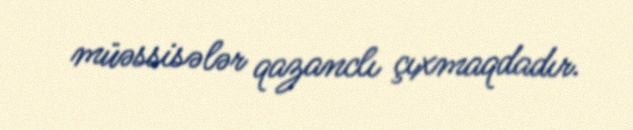
müəssisələr qazanclı çıxmaqdadır.